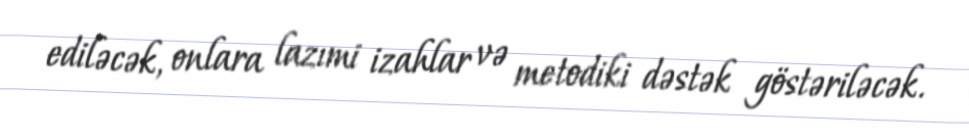
ediləcək, onlara lazımi izahlar və metodiki dəstək göstəriləcək.